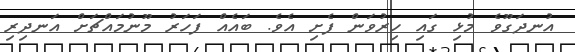
އުނދަގޫވެ މުޅި ގައި ހިރުވަން ފެށި އެވެ. ބައެއް ފަހަރު މޫނުމައްޗަށް އަނދިރި